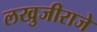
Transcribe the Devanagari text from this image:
लखुजीराजे